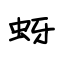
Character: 蚜